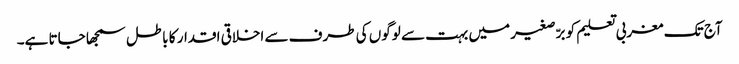
آج تک مغربی تعلیم کو برّصغیر میں بہت سے لوگوں کی طرف سے اخلاقی اقدار کا باطل سمجھا جاتا ہے۔